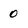
Character: 0